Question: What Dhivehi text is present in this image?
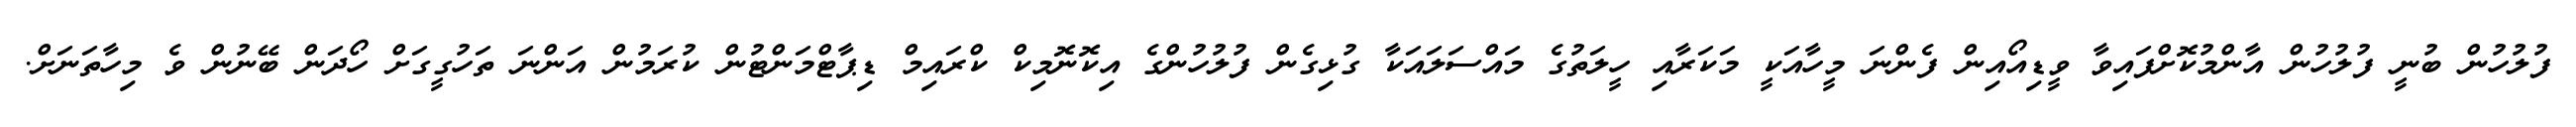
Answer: ފުލުހުން ބުނީ ފުލުހުން އާންމުކޮށްފައިވާ ވީޑިއޯއިން ފެންނަ މީހާއަކީ މަކަރާއި ހީލަތުގެ މައްސަލައަކާ ގުޅިގެން ފުލުހުންގެ އިކޮނޮމިކް ކްރައިމް ޑިޕާޓްމަންޓުން ކުރަމުން އަންނަ ތަހުގީގަށް ހޯދަން ބޭނުން ވެ މިހާތަނަށް.